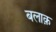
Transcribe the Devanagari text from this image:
बलाक़